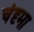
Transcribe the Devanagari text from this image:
चंदृमा